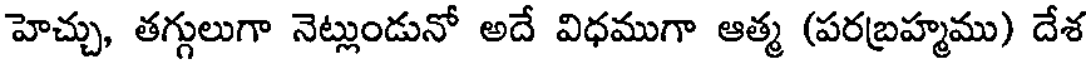
హెచ్చు, తగ్గులుగా నెట్లుండునో అదే విధముగా ఆత్మ (పరబ్రహ్మము) దేశ